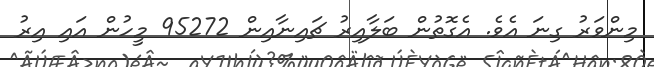
މިންވަރު ގިނަ އެވެ. އެގޮތުން ބަލާއިރު ޗައިނާއިން 95272 މީހުން އައި އިރު